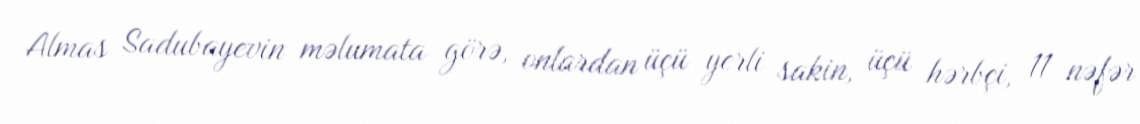
Almas Sadubayevin məlumata görə, onlardan üçü yerli sakin, üçü hərbçi, 11 nəfər